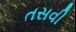
તસવી